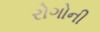
રોગોની